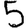
Digit: 5